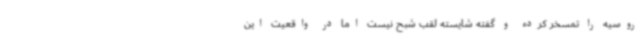
روسیه را تمسخر کرده و گفته شایسته لقب شبح نیست اما در واقعیت این